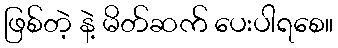
ဖြစ်တဲ့ နဲ့ မိတ်ဆက် ပေးပါရစေ။